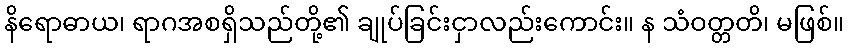
နိရောဓာယ၊ ရာဂအစရှိသည်တို့၏ ချုပ်ခြင်းငှာလည်းကောင်း။ န သံဝတ္တတိ၊ မဖြစ်။